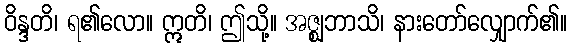
ဝိန္ဒတိ၊ ရ၏လော။ ဣတိ၊ ဤသို့။ အဇ္ဈဘာသိ၊ နားတော်လျှောက်၏။